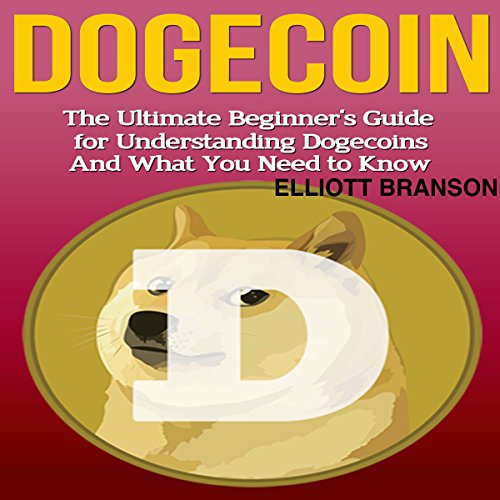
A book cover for Dogecoin: The Ultimate Beginner's Guide for Understanding Dogecoin and What You Need to Know; Elliott Branson; Computers & Technology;